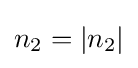
n_{2}=|n_{2}|